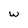
Character: w